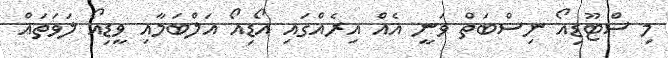
މި ސްޓޫޑިއޯ ނިސްބަތް ވަނީ އެއް އިރެއްގައި އޯޑިއޯ އަލްބަމާއި ވީޑިއޯ ލަވަތައް